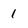
Character: 1